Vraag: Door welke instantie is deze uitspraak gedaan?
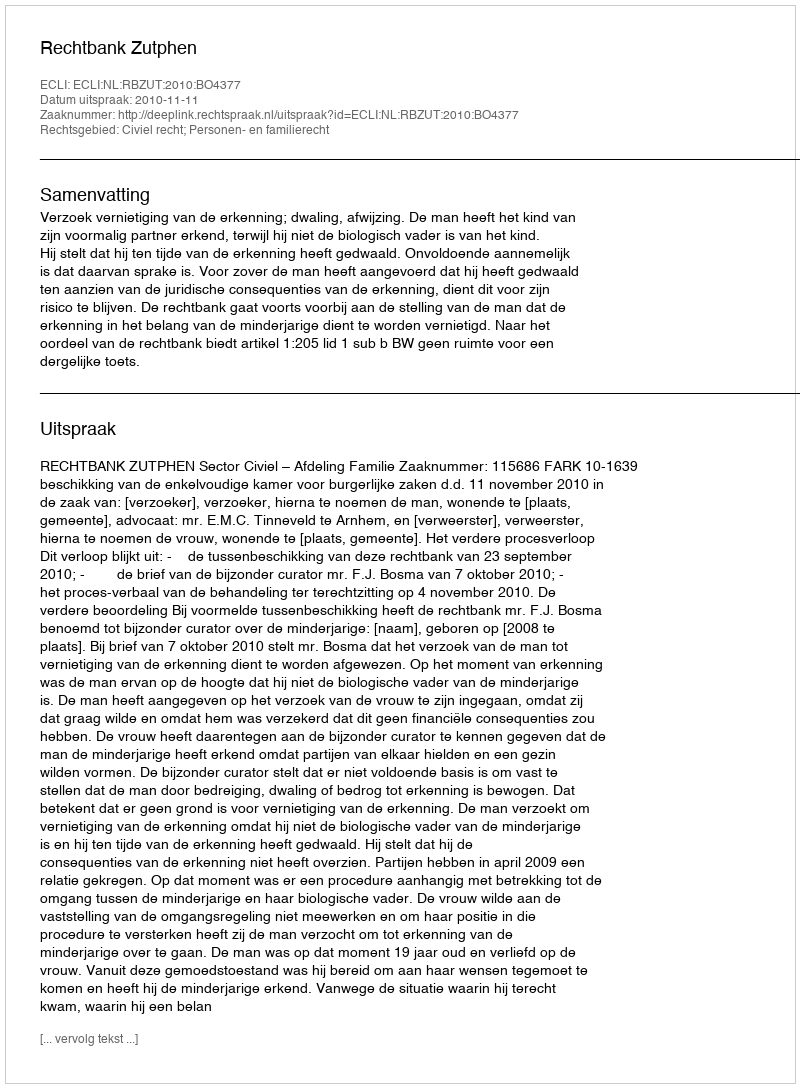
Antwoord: Rechtbank Zutphen